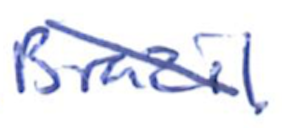
Text: Brazil.
Cross-out: mix
Writing tool: ballpoint